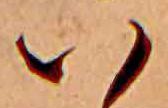
い